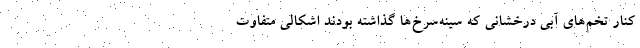
کنار تخم‌های آبی درخشانی که سینه‌سرخ‌ها گذاشته بودند اشکالی متفاوت